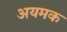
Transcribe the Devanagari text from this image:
अयमक